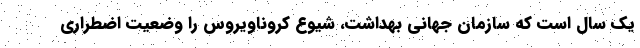
یک سال است که سازمان جهانی بهداشت، شیوع کروناویروس را وضعیت اضطراری